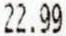
22.99